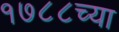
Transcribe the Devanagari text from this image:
१७८८च्या